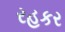
રહકર